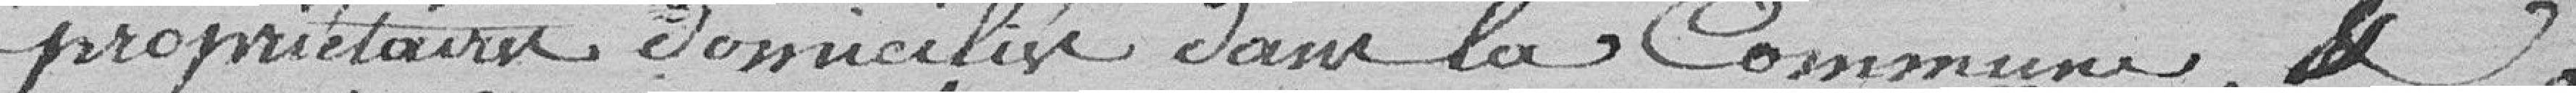
propriétaires domiciliés dans la Commune, &